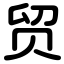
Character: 贸